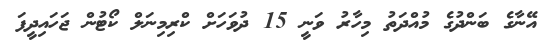
އޭނާގެ ބަންދުގެ މުއްދަތު މިހާރު ވަނީ 15 ދުވަހަށް ކްރިމިނަލް ކޯޓުން ޖަހައިދީފަ